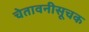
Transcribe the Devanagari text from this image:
चेतावनीसूचक